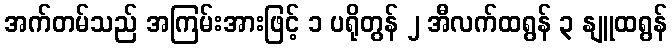
အက်တမ်သည် အကြမ်းအားဖြင့် ၁ ပရိုတွန် ၂ အီလက်ထရွန် ၃ နျူထရွန်